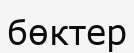
бөктер